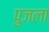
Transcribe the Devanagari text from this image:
पुजला